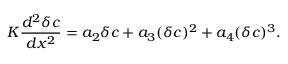
\begin{array} { l } { \displaystyle { K \frac { d ^ { 2 } \delta c } { d x ^ { 2 } } = a _ { 2 } \delta c + a _ { 3 } ( \delta c ) ^ { 2 } + a _ { 4 } ( \delta c ) ^ { 3 } . } } \end{array}